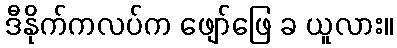
ဒီနိုက်ကလပ်က ဖျော်ဖြေ ခ ယူလား။